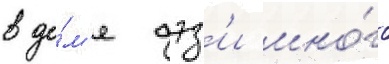
в до́м'е дэз'и мно́го